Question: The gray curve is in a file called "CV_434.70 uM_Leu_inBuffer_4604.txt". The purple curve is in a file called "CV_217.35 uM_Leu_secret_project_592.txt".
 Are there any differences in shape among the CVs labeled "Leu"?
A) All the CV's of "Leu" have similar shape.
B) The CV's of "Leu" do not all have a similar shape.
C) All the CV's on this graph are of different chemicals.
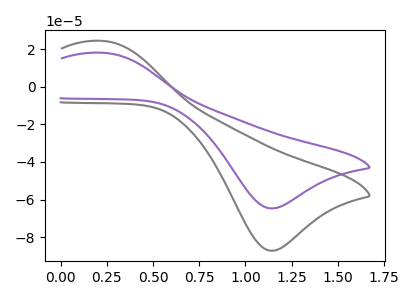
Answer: <think>The gray curve "Leu, 434.70 uM" has an anodic peak at (0.25V, 24.40uA) and a cathodic peak at (1.15V, -87.25uA). The purple curve "Leu, 217.35 uM" has an anodic peak at (0.25V, 18.10uA) and a cathodic peak at (1.15V, -64.70uA).
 All the peaks in "Leu, 434.70 uM" have a peak in "Leu, 217.35 uM" at the same potential. Every peak in "Leu, 434.70 uM" is higher than every peak in "Leu, 217.35 uM".</think>
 <answer>A) All the CV's of "Leu" have similar shape.</answer>
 <eval>A</eval>